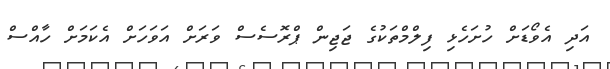
އަދި އެވޯޑަށް ހުށަހެޅި ފިލްމްތަކުގެ ޖަޖިން ޕްރޮސެސް ވަރަށް އަވަހަށް އެކަމަށް ހާއްސް